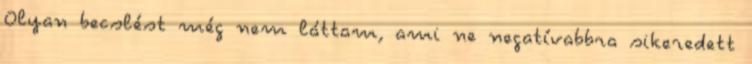
Olyan becslést még nem láttam, ami ne negatívabbra sikeredett